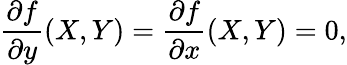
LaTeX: {\frac{\partial f}{\partial y}}(X,Y)={\frac{\partial f}{\partial x}}(X,Y)=0,